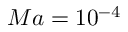
M a = 1 0 ^ { - 4 }